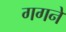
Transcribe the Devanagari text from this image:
गगने